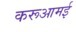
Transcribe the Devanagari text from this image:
करूआमई